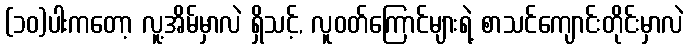
(၁၀)ပါးကတော့ လူ့အိမ်မှာလဲ ရှိသင့်, လူဝတ်ကြောင်များရဲ့ စာသင်ကျောင်းတိုင်းမှာလဲ